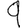
Digit: 9